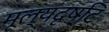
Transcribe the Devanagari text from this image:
मूल्यदृष्टि